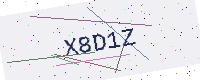
Text: X8D1Z